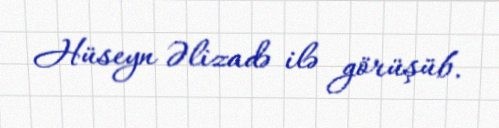
Hüseyn Əlizadə ilə görüşüb.